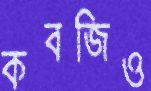
কবজিও